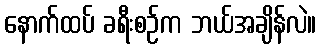
နောက်ထပ် ခရီးစဉ်က ဘယ်အချိန်လဲ။